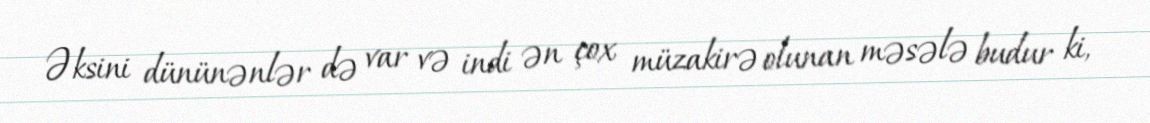
Əksini dününənlər də var və indi ən çox müzakirə olunan məsələ budur ki,